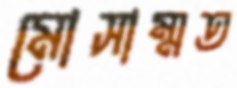
মোসাম্মত